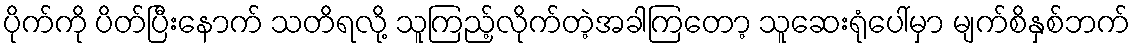
ပိုက်ကို ပိတ်ပြီးနောက် သတိရလို့ သူကြည့်လိုက်တဲ့အခါကြတော့ သူဆေးရုံပေါ်မှာ မျက်စိနှစ်ဘက်